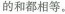
的和都相等。